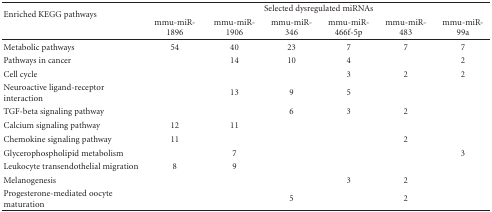
<table><thead><tr><td rowspan="2"><b>Enriched KEGG pathways</b></td><td colspan="6"><b>Selected dysregulated miRNAs</b></td></tr><tr><td><b>mmu-miR-1896</b></td><td><b>mmu-miR-1906</b></td><td><b>mmu-miR-346</b></td><td><b>mmu-miR-466f-5p</b></td><td><b>mmu-miR-483</b></td><td><b>mmu-miR-99a</b></td></tr></thead><tbody><tr><td>Metabolic pathways</td><td>54</td><td>40</td><td>23</td><td>7</td><td>7</td><td>7</td></tr><tr><td>Pathways in cancer</td><td></td><td>14</td><td>10</td><td>4</td><td></td><td>2</td></tr><tr><td>Cell cycle</td><td></td><td></td><td></td><td>3</td><td>2</td><td>2</td></tr><tr><td>Neuroactive ligand-receptor interaction</td><td></td><td>13</td><td>9</td><td>5</td><td></td><td></td></tr><tr><td>TGF-beta signaling pathway</td><td></td><td></td><td>6</td><td>3</td><td>2</td><td></td></tr><tr><td>Calcium signaling pathway</td><td>12</td><td>11</td><td></td><td></td><td></td><td></td></tr><tr><td>Chemokine signaling pathway</td><td>11</td><td></td><td></td><td></td><td>2</td><td></td></tr><tr><td>Glycerophospholipid metabolism</td><td></td><td>7</td><td></td><td></td><td></td><td>3</td></tr><tr><td>Leukocyte transendothelial migration</td><td>8</td><td>9</td><td></td><td></td><td></td><td></td></tr><tr><td>Melanogenesis</td><td></td><td></td><td></td><td>3</td><td>2</td><td></td></tr><tr><td>Progesterone-mediated oocyte maturation</td><td></td><td></td><td>5</td><td></td><td>2</td><td></td></tr></tbody></table>